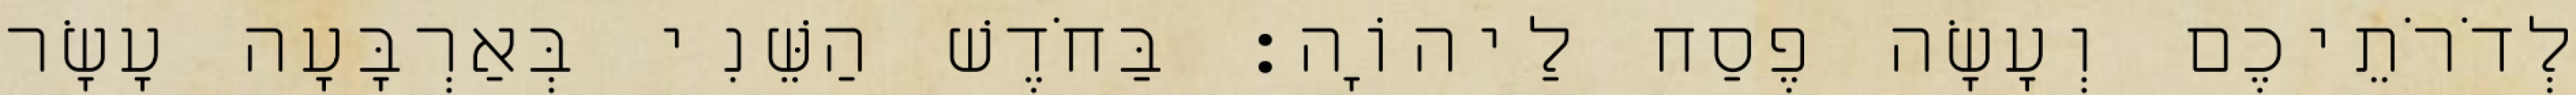
לְדֹרֹתֵיכֶם וְעָשָׂה פֶסַח לַיהוָֹה׃ בַּחֹדֶשׁ הַשֵּׁנִי בְּאַרְבָּעָה עָשָׂר